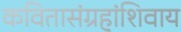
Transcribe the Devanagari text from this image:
कवितासंग्रहांशिवाय